Document type: Emphyteutic lease
Year: 1295
Scribe: Pere de Noguera, prevere
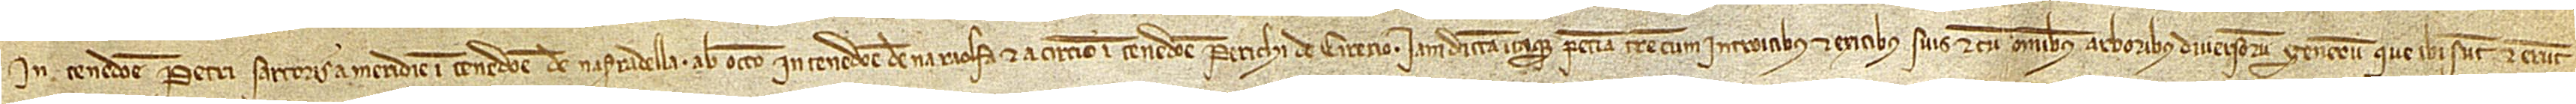
in tenedone Petri Sartoris; a meridie in tenedone de na Serradella; ab occiduo in tenedone de na Raolfa; et a circio in tenedone Perichi de Cirerio. Iamdictam itaque peciam terre, cum introitibus et exitibus suis et cum omnibus arboribus diversorum generum que ibi sunt et erunt